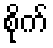
စိုက်